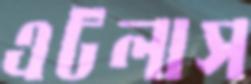
এটলাস